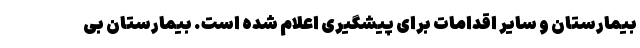
بیمارستان و سایر اقدامات برای پیشگیری اعلام شده است. بیمارستان بی